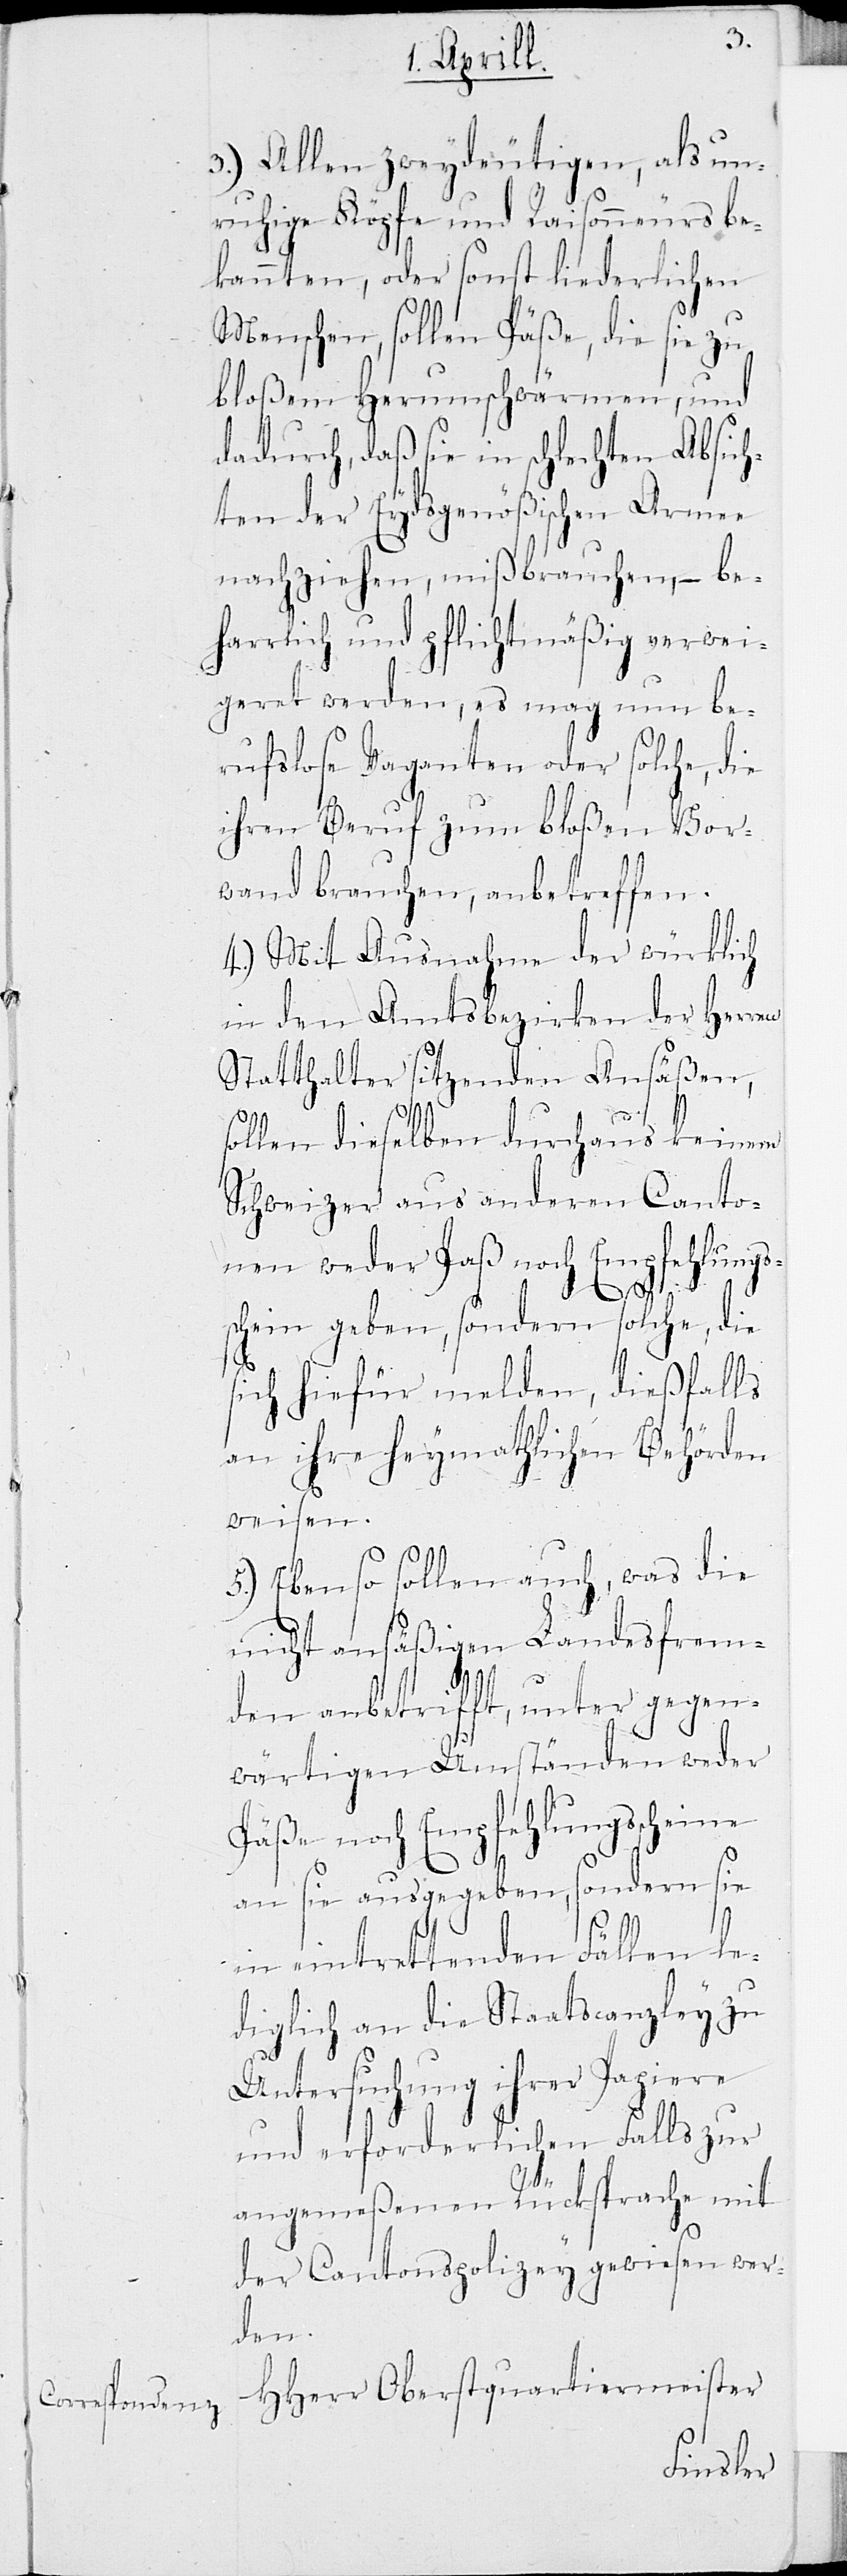
3.) Allen zweydeutigen, als un¬
ruhige Köpfe und Raisonneurs be¬
kannten, oder sonst liederlichen
Menschen, sollen Päße, die sie zu
bloßem Herumschwärmen, und
dadurch, daß sie in schlechten Absich¬
ten der Eydsgenößischen Armee
nachziehen, mißbrauchen, – be¬
harrlich und pflichtmäßig verwei¬
geret werden, es mag nun be¬
rufslose Vaganten oder solche, die
ihren Beruf zum bloßen Vor¬
wand brauchen, anbetreffen.
4.) Mit Ausnahme der würklich
in den Amtsbezirken der Herren
Statthalter sitzenden Ansäßen,
sollen dieselben durchaus keinem
Schweizer aus anderen Canto¬
nen weder Paß noch Empfehlungs¬
schein geben, sondern solche, die
sich hiefür melden, dießfalls
an ihre heymathliche Behörde
weisen.
5.) Ebenso sollen auch, was die
nicht ansäßigen Landesfrem¬
den anbetrifft, unter gegen¬
wärtigen Umständen weder
Päße noch Empfehlungsscheine
an sie ausgegeben, sondern sie
in eintrettenden Fällen le¬
diglich an die Staatscanzley zu
Untersuchung ihrer Papiere
und erforderlichen Falls zur
angemeßenen Rücksprache mit
der Cantonspolicey gewiesen wer¬
den.
HHerr Oberstquartiermeister